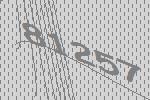
81257